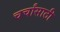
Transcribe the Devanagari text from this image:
चर्चांसाठी